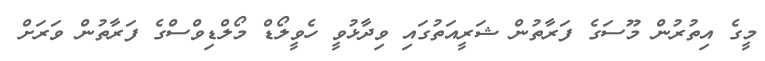
މީގެ އިތުރުން މޫސަގެ ފަރާތުން ޝަރީއަތުގައި ވިދާޅުވީ ހެވީލޯޑް މޯލްޑިވްސްގެ ފަރާތުން ވަރަށް